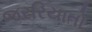
જરરિયાતો